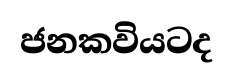
ජනකවියටද